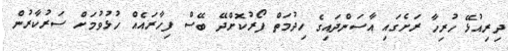
ދިރިއުޅޭ ހުރިހާ ރަށެގައި އާސަންދައިގެ ހިދުމަތް ފޯރުކޮށްދޭ ބޭސް ފިހާރައެއް ހުޅުވުމަށް ސަރުކާރުން